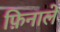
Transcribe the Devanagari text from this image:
फ़िनाले